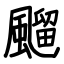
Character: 飀